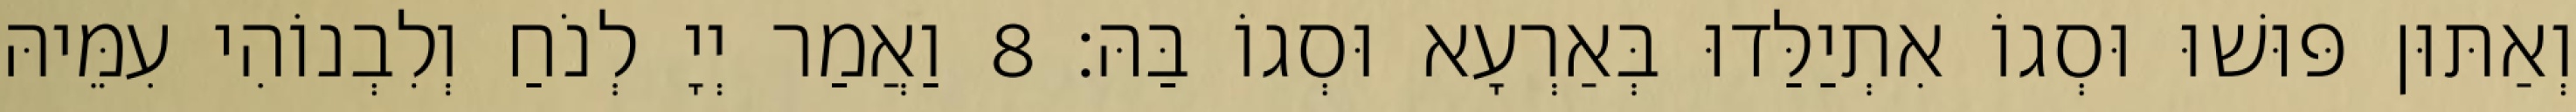
וְאַתּוּן פּוּשׁוּ וּסְגוֹ אִתְיַלַּדוּ בְּאַרְעָא וּסְגוֹ בַּהּ׃ 8 וַאֲמַר יְיָ לְנֹחַ וְלִבְנוֹהִי עִמֵּיהּ